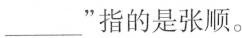
___”指的是张顺。